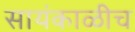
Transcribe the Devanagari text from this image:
सायंकाळीच